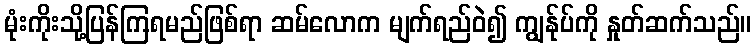
မုံးကိုးသို့ပြန်ကြရမည်ဖြစ်ရာ ဆမ်လောက မျက်ရည်ဝဲ၍ ကျွန်ုပ်ကို နှုတ်ဆက်သည်။